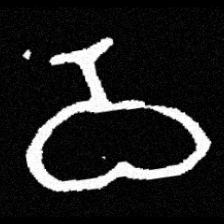
Pyu character \u2014 Myanmar letter: ဝ (romanized: wa)